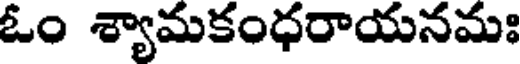
ఓం శ్యామకంధరాయనమః